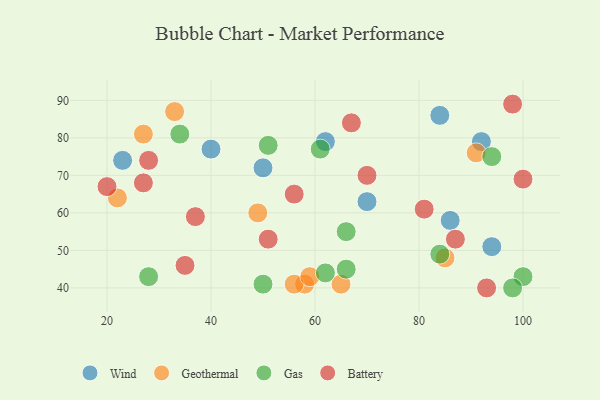
{"axis": {"x": "GDP", "y": "Life Expectancy"}, "legend": ["Battery", "Gas", "Geothermal", "Wind"], "data": [{"x": "94", "y": 51, "type": "Wind"}, {"x": "84", "y": 86, "type": "Wind"}, {"x": "23", "y": 74, "type": "Wind"}, {"x": "62", "y": 79, "type": "Wind"}, {"x": "86", "y": 58, "type": "Wind"}, {"x": "50", "y": 72, "type": "Wind"}, {"x": "92", "y": 79, "type": "Wind"}, {"x": "40", "y": 77, "type": "Wind"}, {"x": "70", "y": 63, "type": "Wind"}, {"x": "65", "y": 41, "type": "Geothermal"}, {"x": "49", "y": 60, "type": "Geothermal"}, {"x": "58", "y": 41, "type": "Geothermal"}, {"x": "27", "y": 81, "type": "Geothermal"}, {"x": "91", "y": 76, "type": "Geothermal"}, {"x": "85", "y": 48, "type": "Geothermal"}, {"x": "56", "y": 41, "type": "Geothermal"}, {"x": "59", "y": 43, "type": "Geothermal"}, {"x": "22", "y": 64, "type": "Geothermal"}, {"x": "33", "y": 87, "type": "Geothermal"}, {"x": "62", "y": 44, "type": "Gas"}, {"x": "94", "y": 75, "type": "Gas"}, {"x": "66", "y": 55, "type": "Gas"}, {"x": "66", "y": 45, "type": "Gas"}, {"x": "50", "y": 41, "type": "Gas"}, {"x": "51", "y": 78, "type": "Gas"}, {"x": "84", "y": 49, "type": "Gas"}, {"x": "61", "y": 77, "type": "Gas"}, {"x": "100", "y": 43, "type": "Gas"}, {"x": "34", "y": 81, "type": "Gas"}, {"x": "28", "y": 43, "type": "Gas"}, {"x": "98", "y": 40, "type": "Gas"}, {"x": "100", "y": 69, "type": "Battery"}, {"x": "37", "y": 59, "type": "Battery"}, {"x": "51", "y": 53, "type": "Battery"}, {"x": "70", "y": 70, "type": "Battery"}, {"x": "81", "y": 61, "type": "Battery"}, {"x": "20", "y": 67, "type": "Battery"}, {"x": "87", "y": 53, "type": "Battery"}, {"x": "67", "y": 84, "type": "Battery"}, {"x": "35", "y": 46, "type": "Battery"}, {"x": "28", "y": 74, "type": "Battery"}, {"x": "27", "y": 68, "type": "Battery"}, {"x": "56", "y": 65, "type": "Battery"}, {"x": "98", "y": 89, "type": "Battery"}, {"x": "93", "y": 40, "type": "Battery"}]}